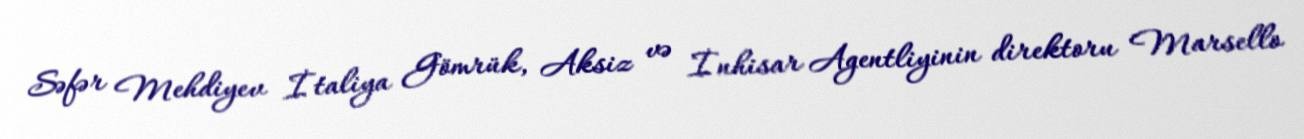
Səfər Mehdiyev İtaliya Gömrük, Aksiz və İnhisar Agentliyinin direktoru Marsello